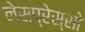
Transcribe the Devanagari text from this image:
नेसप्रेस्सो